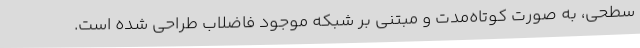
سطحی، به صورت کوتاه‌مدت و مبتنی بر شبکه موجود فاضلاب طراحی شده است.